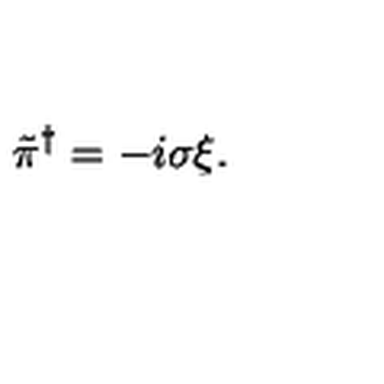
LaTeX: \tilde { \pi } ^ { \dagger } = - i \sigma \xi .